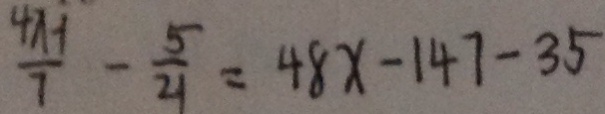
\frac { 4 x - 1 } { 7 } - \frac { 5 } { 2 1 } = 4 8 x - 1 4 7 - 3 5